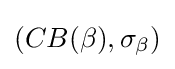
(CB(\beta ),\sigma _{\beta })